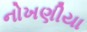
નોખણીયા